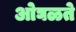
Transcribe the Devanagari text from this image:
ओघळते